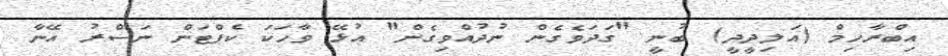
އިބްރާހިމް (އަލިދީދީ) ބުނީ "ގަދަވެގެން ނުދުއްވިގެން" އުޅޭ ވާހަކަ ކެޕްޓަން ނަސްރު އޭނާ